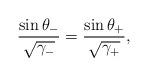
LaTeX: \begin{align*}\frac{\sin\theta_-}{\sqrt{\gamma_-}} = \frac{\sin\theta_+}{\sqrt{\gamma_+}}, \end{align*}